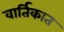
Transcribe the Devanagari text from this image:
वार्तिकात